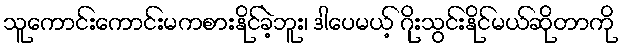
သူကောင်းကောင်းမကစားနိုင်ခဲ့ဘူး၊ ဒါပေမယ့် ဂိုးသွင်းနိုင်မယ်ဆိုတာကို